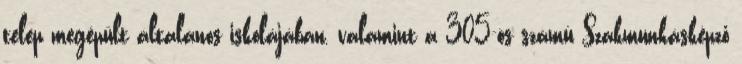
telep megépült általános iskolájában, valamint a 305-ös számú Szakmunkásképző